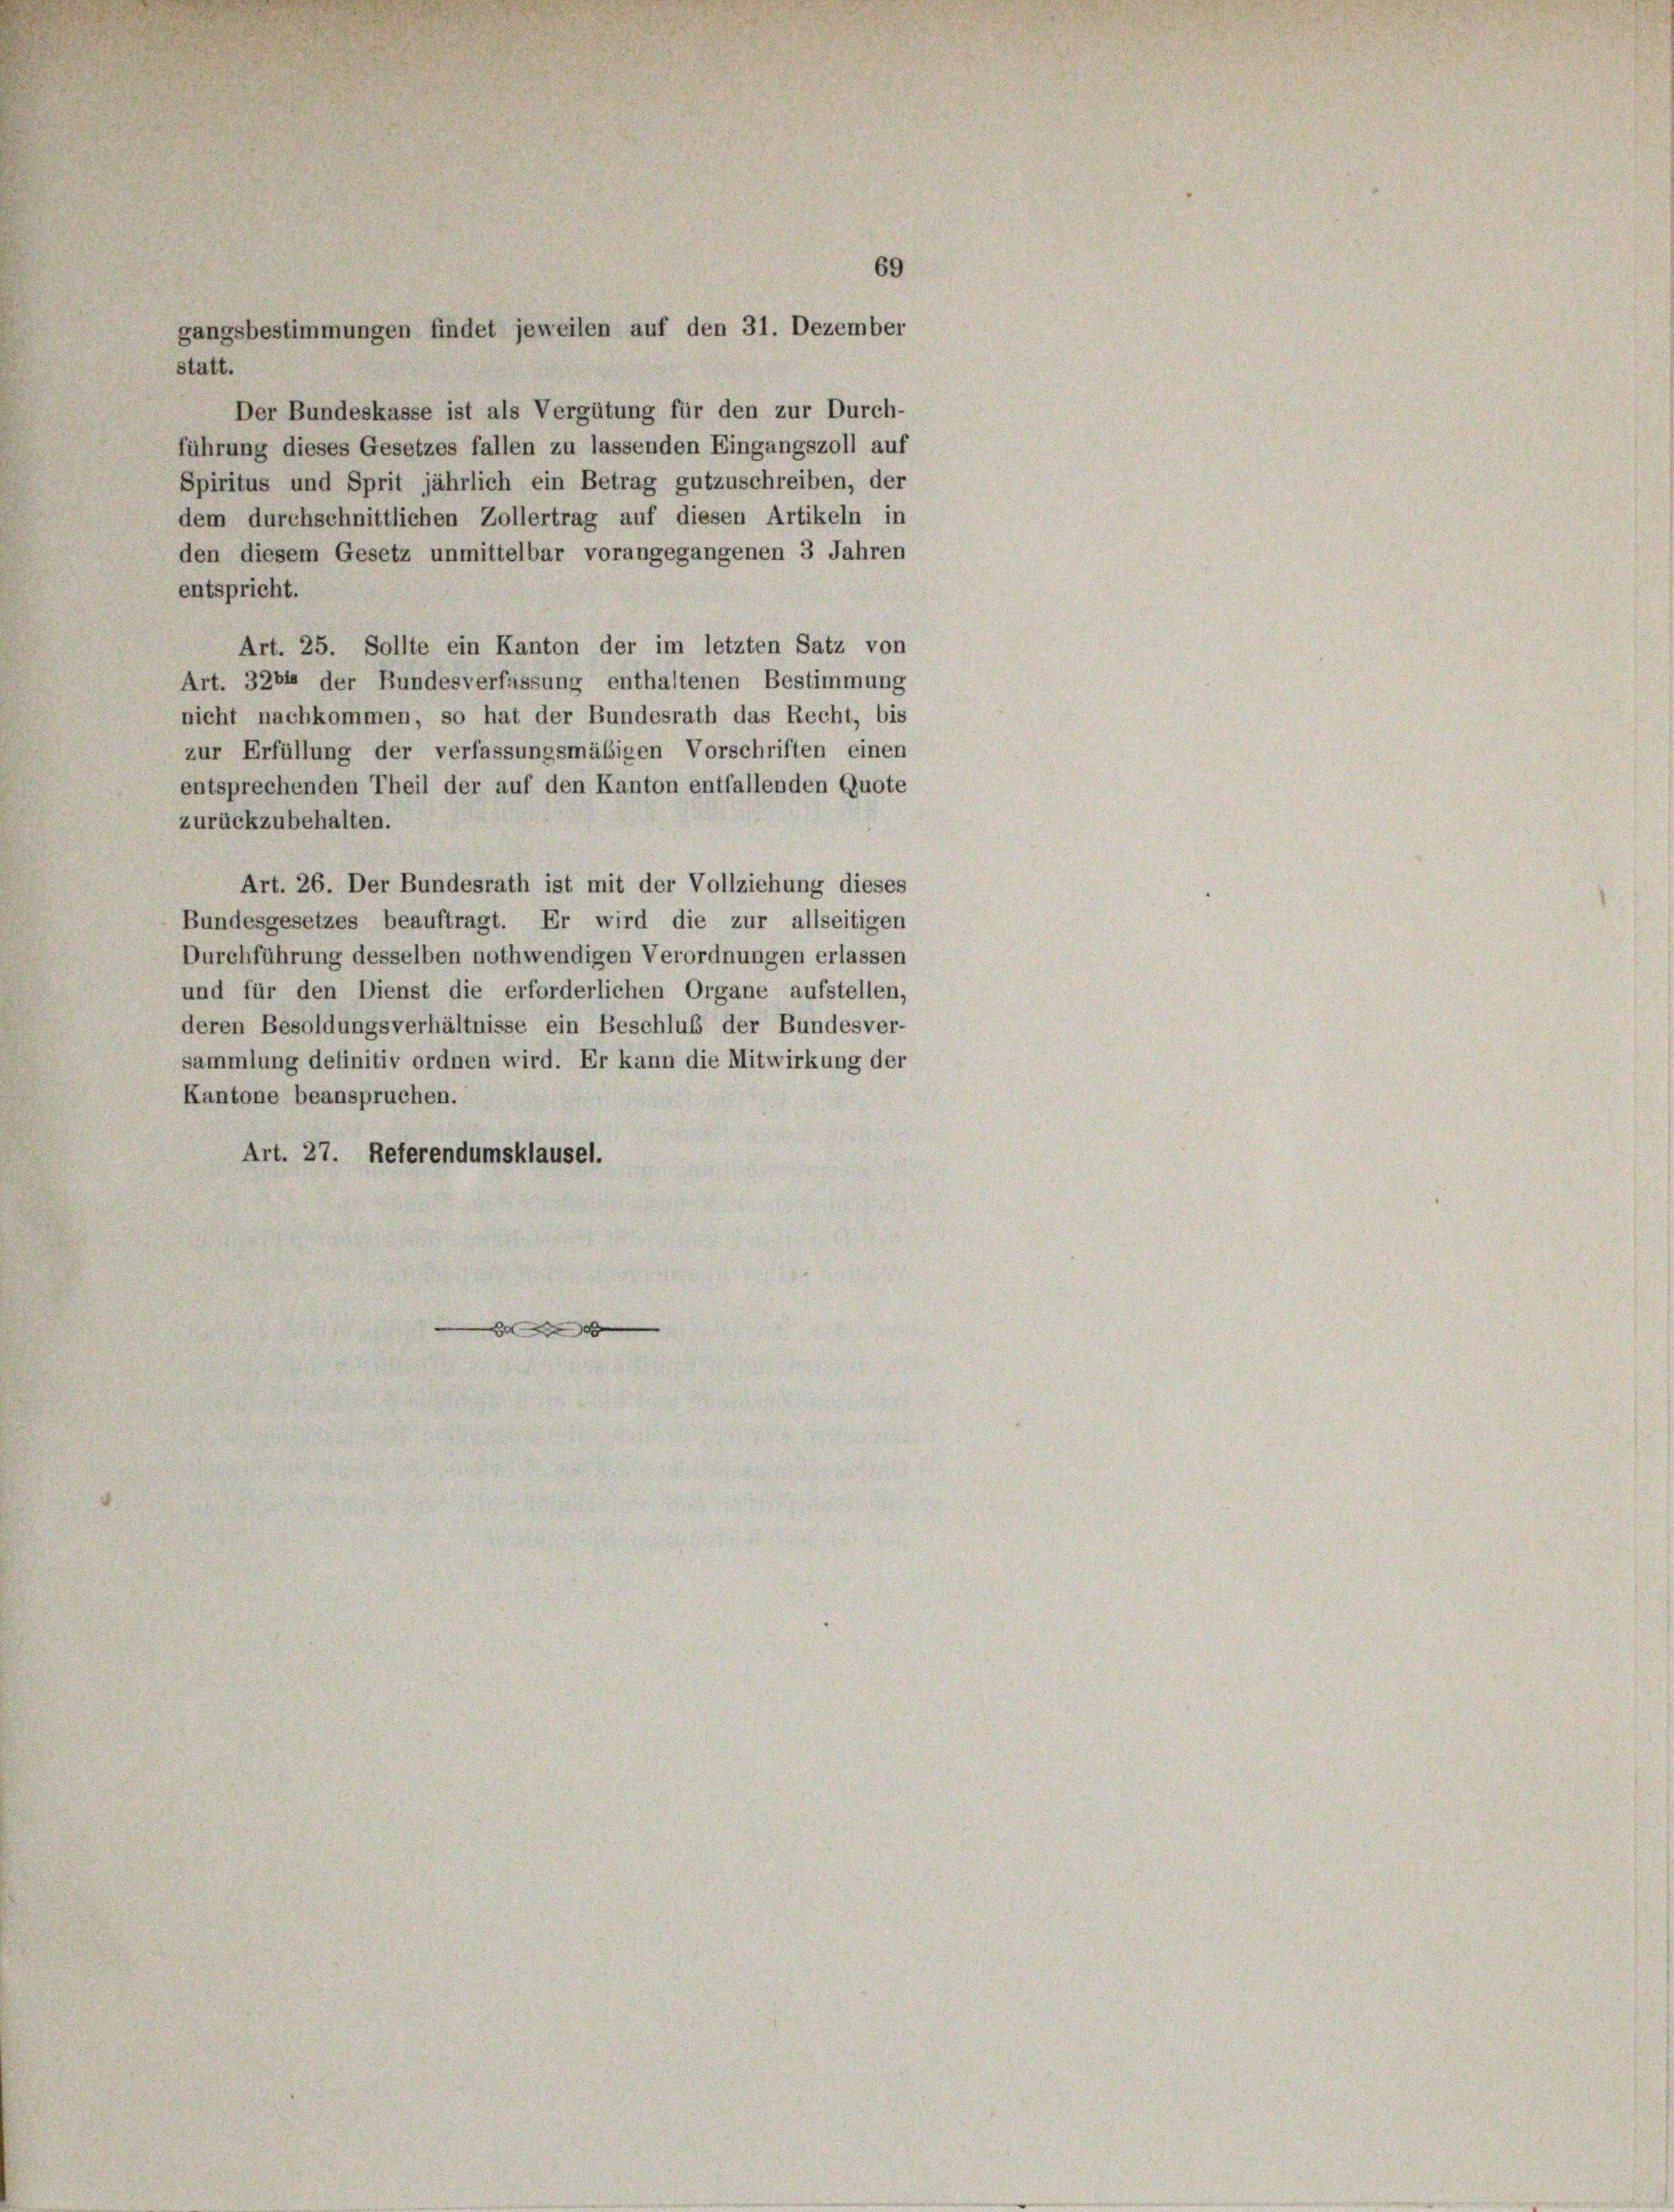
69
gangsbestimmungen findet jeweilen auf den 31. Dezember

statt.
Der Bundeskasse ist als Vergütung für den zur Durch-
führung dieses Gesetzes fallen zu lassenden Eingangszoll auf
Spiritus und Sprit jährlich ein Betrag gutzuschreiben, der
dem durchschnittlichen Zollertrag auf diesen Artikeln in
den diesem Gesetz unmittelbar vorangegangenen 3 Jahren
entspricht.
Art. 25. Sollte ein Kanton der im letzten Satz von
Art. 3264 der Bundesverfassung enthaltenen Bestimmung
nicht nachkommen, so hat der Bundesrath das Recht, bis
zur Erfüllung der verfassungsmäßigen Vorschriften einen
entsprechenden Theil der auf den Kanton entfallenden Quote
zurückzubehalten.
Art. 26. Der Bundesrath ist mit der Vollziehung dieses
Bundesgesetzes beauftragt. Er wird die zur allseitigen
Durchführung desselben nothwendigen Verordnungen erlassen
und für den Dienst die erforderlichen Organe aufstellen,
deren Besoldungsverhältnisse ein Beschluß der Bundesver-
sammlung definitiv ordnen wird. Er kann die Mitwirkung der
Kantone beanspruchen.
Art. 27. Referendumsklausel.
B